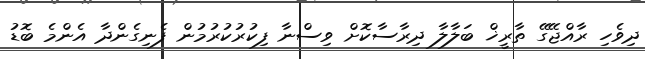
ދިވެހި ރާއްޖޭގޭ ތާރީޚް ބަލާލާ ދިރާސާކޮށް ވިސްނާ ފިކުރުކުރުމުން ފެނިގެންދާ އެންމެ ބޮޑު